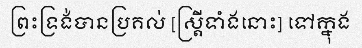
ព្រះទ្រង់បានប្រគល់ [ស្ត្រីទាំងនោះ] ទៅក្នុង